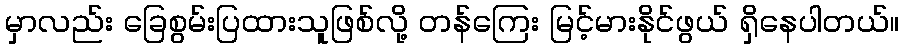
မှာလည်း ခြေစွမ်းပြထားသူဖြစ်လို့ တန်ကြေး မြင့်မားနိုင်ဖွယ် ရှိနေပါတယ်။